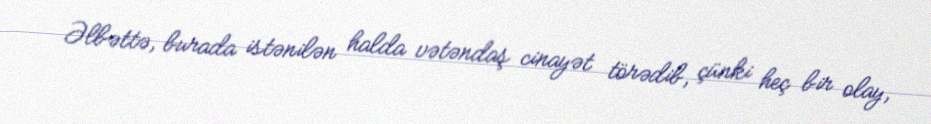
Əlbəttə, burada istənilən halda vətəndaş cinayət törədib, çünki heç bir olay,